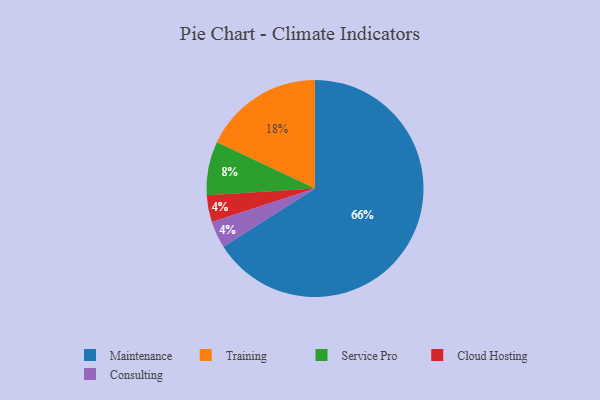
{"axis": {"x": "Category", "y": "Percentage"}, "legend": ["Cloud Hosting", "Consulting", "Maintenance", "Service Pro", "Training"], "data": [{"x": "Cloud Hosting", "y": 4, "type": "Cloud Hosting"}, {"x": "Consulting", "y": 4, "type": "Consulting"}, {"x": "Service Pro", "y": 8, "type": "Service Pro"}, {"x": "Maintenance", "y": 66, "type": "Maintenance"}, {"x": "Training", "y": 18, "type": "Training"}]}